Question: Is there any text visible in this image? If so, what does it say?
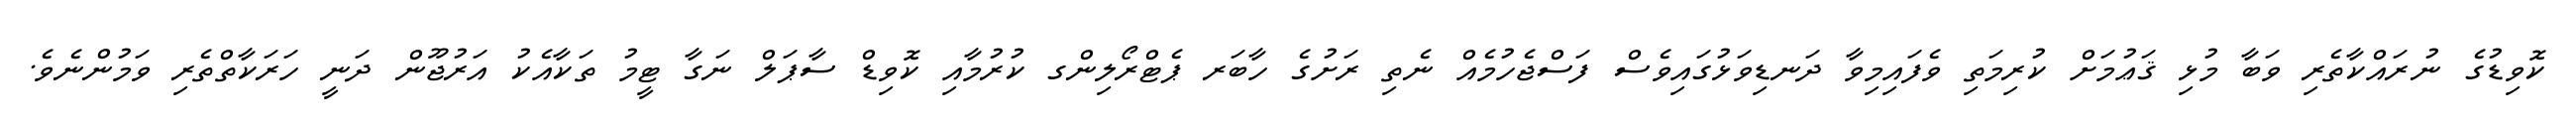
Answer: ކޮވިޑުގެ ނުރައްކާތެރި ވަބާ މުޅި ޤަޢުމަށް ކުރިމަތި ވެފައިމިވާ ދަނޑިވަޅުގައިވެސް ފަސްޖެހުމެއް ނެތި ރަށުގެ ހާބަރ ޕެޓްރޯލިންގ ކުރުމާއި ކޮވިޑް ސާޕަލް ނަގާ ޓީމު ތަކާއެކު އަރުޖޫން ދަނީ ހަރަކާތްތެރި ވަމުންނެވެ.